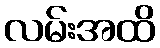
လမ်းအထိ